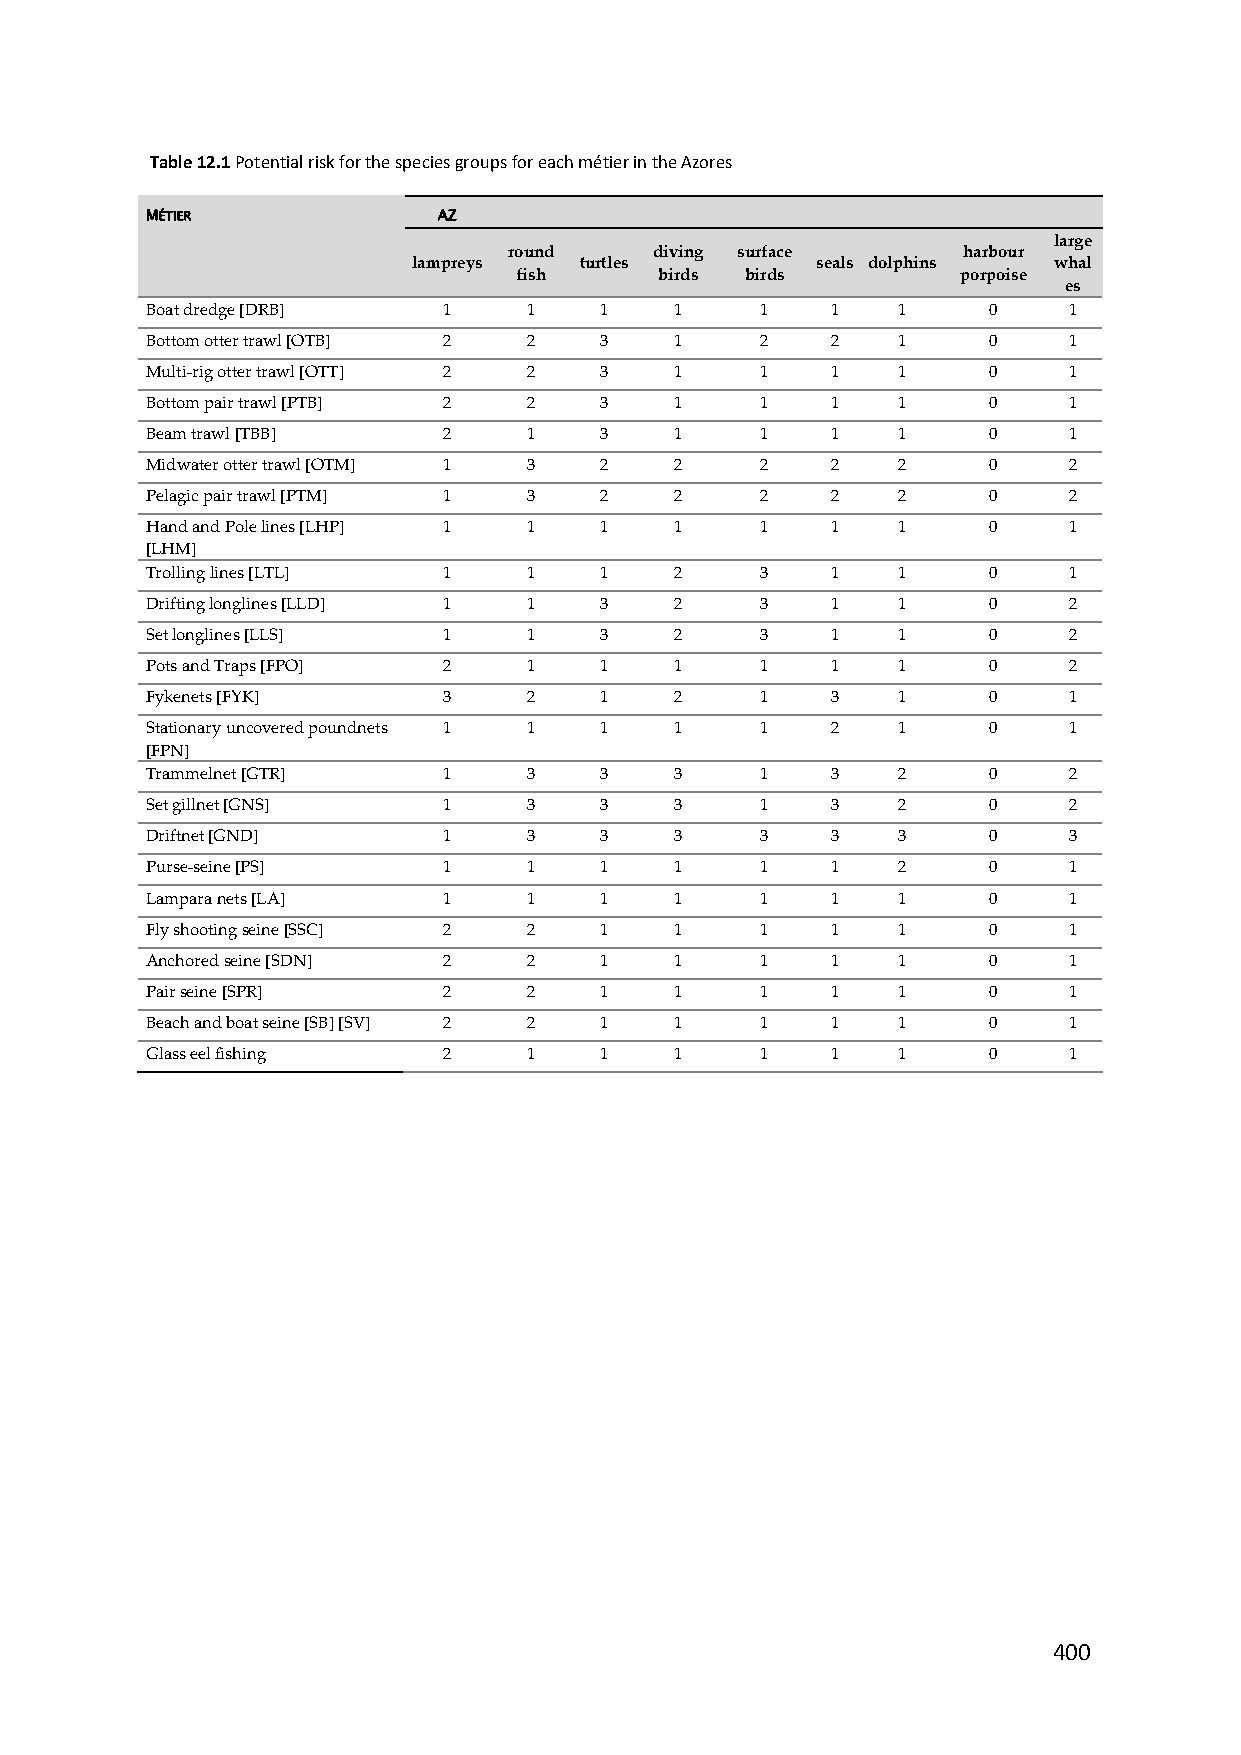
Table 12.1 Potential risk for the species groups for each métier in the Azores
 MÉTIER             AZ
 large
 round    diving surface       harbour
 lampreys   turtles         seals dolphins  whal
 fish      birds birds         porpoise
 es
 Boat dredge [DRB]  1     1    1    1    1    1   1     0     1
 Bottom otter trawl [OTB] 2 2  3    1    2    2   1     0     1
 Multi‐rig otter trawl [OTT] 2 2 3  1    1    1   1     0     1
 Bottom pair trawl [PTB] 2 2   3    1    1    1   1     0     1
 Beam trawl [TBB]   2     1    3    1    1    1   1     0     1
 Midwater otter trawl [OTM] 1 3 2   2    2    2   2     0     2
 Pelagic pair trawl [PTM] 1 3  2    2    2    2   2     0     2
 Hand and Pole lines [LHP] 1 1 1    1    1    1   1     0     1
 [LHM]
 Trolling lines [LTL] 1   1    1    2    3    1   1     0     1
 Drifting longlines [LLD] 1 1  3    2    3    1   1     0     2
 Set longlines [LLS] 1    1    3    2    3    1   1     0     2
 Pots and Traps [FPO] 2   1    1    1    1    1   1     0     2
 Fykenets [FYK]     3     2    1    2    1    3   1     0     1
 Stationary uncovered poundnets 1 1 1 1  1    2   1     0     1
 [FPN]
 Trammelnet [GTR]   1     3    3    3    1    3   2     0     2
 Set gillnet [GNS]  1     3    3    3    1    3   2     0     2
 Driftnet [GND]     1     3    3    3    3    3   3     0     3
 Purse‐seine [PS]   1     1    1    1    1    1   2     0     1
 Lampara nets [LA]  1     1    1    1    1    1   1     0     1
 Fly shooting seine [SSC] 2 2  1    1    1    1   1     0     1
 Anchored seine [SDN] 2   2    1    1    1    1   1     0     1
 Pair seine [SPR]   2     2    1    1    1    1   1     0     1
 Beach and boat seine [SB] [SV] 2 2 1 1  1    1   1     0     1
 Glass eel fishing  2     1    1    1    1    1   1     0     1
 400